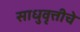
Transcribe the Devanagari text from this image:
साधुवृत्तीचे